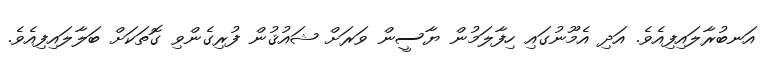
އަނބުރާލައިފިއެވެ. އަދި އެމޫނުގައި ހިފާލަމުން ޔާސީން ވަރަށް ޝައުޤުން ފުރިގެންވި ގޮތަކަށް ބަލާލައިފިއެވެ.